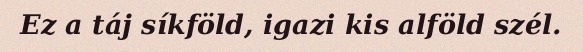
Ez a táj síkföld, igazi kis alföld szél.